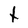
Character: t